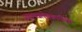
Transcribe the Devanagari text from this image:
जालपत्रलेखकांपैकी